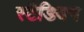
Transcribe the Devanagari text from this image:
स्टैडियम